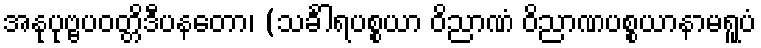
အနုပုဗ္ဗပဝတ္တိဒီပနတော၊ (သင်္ခါရပစ္စယာ ဝိညာဏံ ဝိညာဏပစ္စယာနာမရူပံ